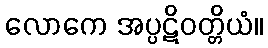
လောကေ အပ္ပဋိဝတ္တိယံ။